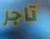
تاجر